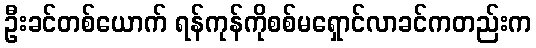
ဦးခင်တစ်ယောက် ရန်ကုန်ကိုစစ်မရှောင်လာခင်ကတည်းက